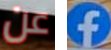
عن f